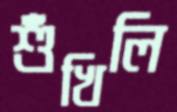
শুঁখিলি